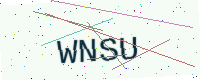
Text: WNSU